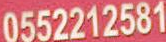
0552212581